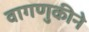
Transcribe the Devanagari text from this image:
वागणुकीने